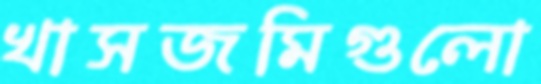
খাসজমিগুলো